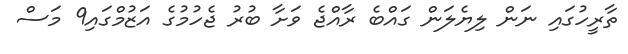
ތާރީހުގައި ނަން ލިޔެލަން ގައްބެ ރާއްޖެ ވަށާ ބުރު ޖެހުމުގެ އަޒުމްގައި9 މަސް